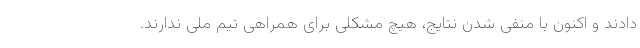
دادند و اکنون با منفی شدن نتایج، هیچ مشکلی برای همراهی تیم ملی ندارند.